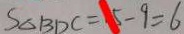
S _ { \Delta B D C } = 1 5 - 9 = 6